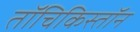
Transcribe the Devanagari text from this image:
तॉचिकिस्तॉन